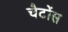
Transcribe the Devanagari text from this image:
चैटोंस